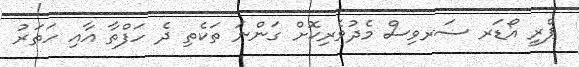
ޕްރީ އޯޑަރ ސަރވިސް މެދުވެރިކޮށް ގަންނަ ތަކެތި ދެ ހަފްތާ އާއި ހަތަރު